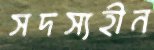
সদস্যহীন